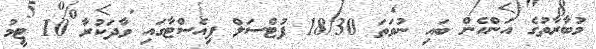
މުބާރާތުގެ އަންހެން ބައި ނުވަތަ 18/30 ފުޓްސަލް ފިއެސްޓާގައި ވާދަކުރާ 10 ޓީމު